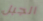
الجبل